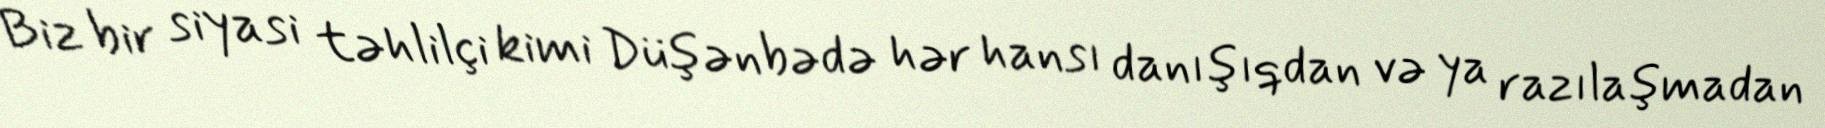
Biz bir siyasi təhlilçi kimi Düşənbədə hər hansı danışıqdan və ya razılaşmadan